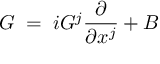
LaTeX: G \; = \; i G ^ { j } \frac { \partial } { \partial x ^ { j } } + B